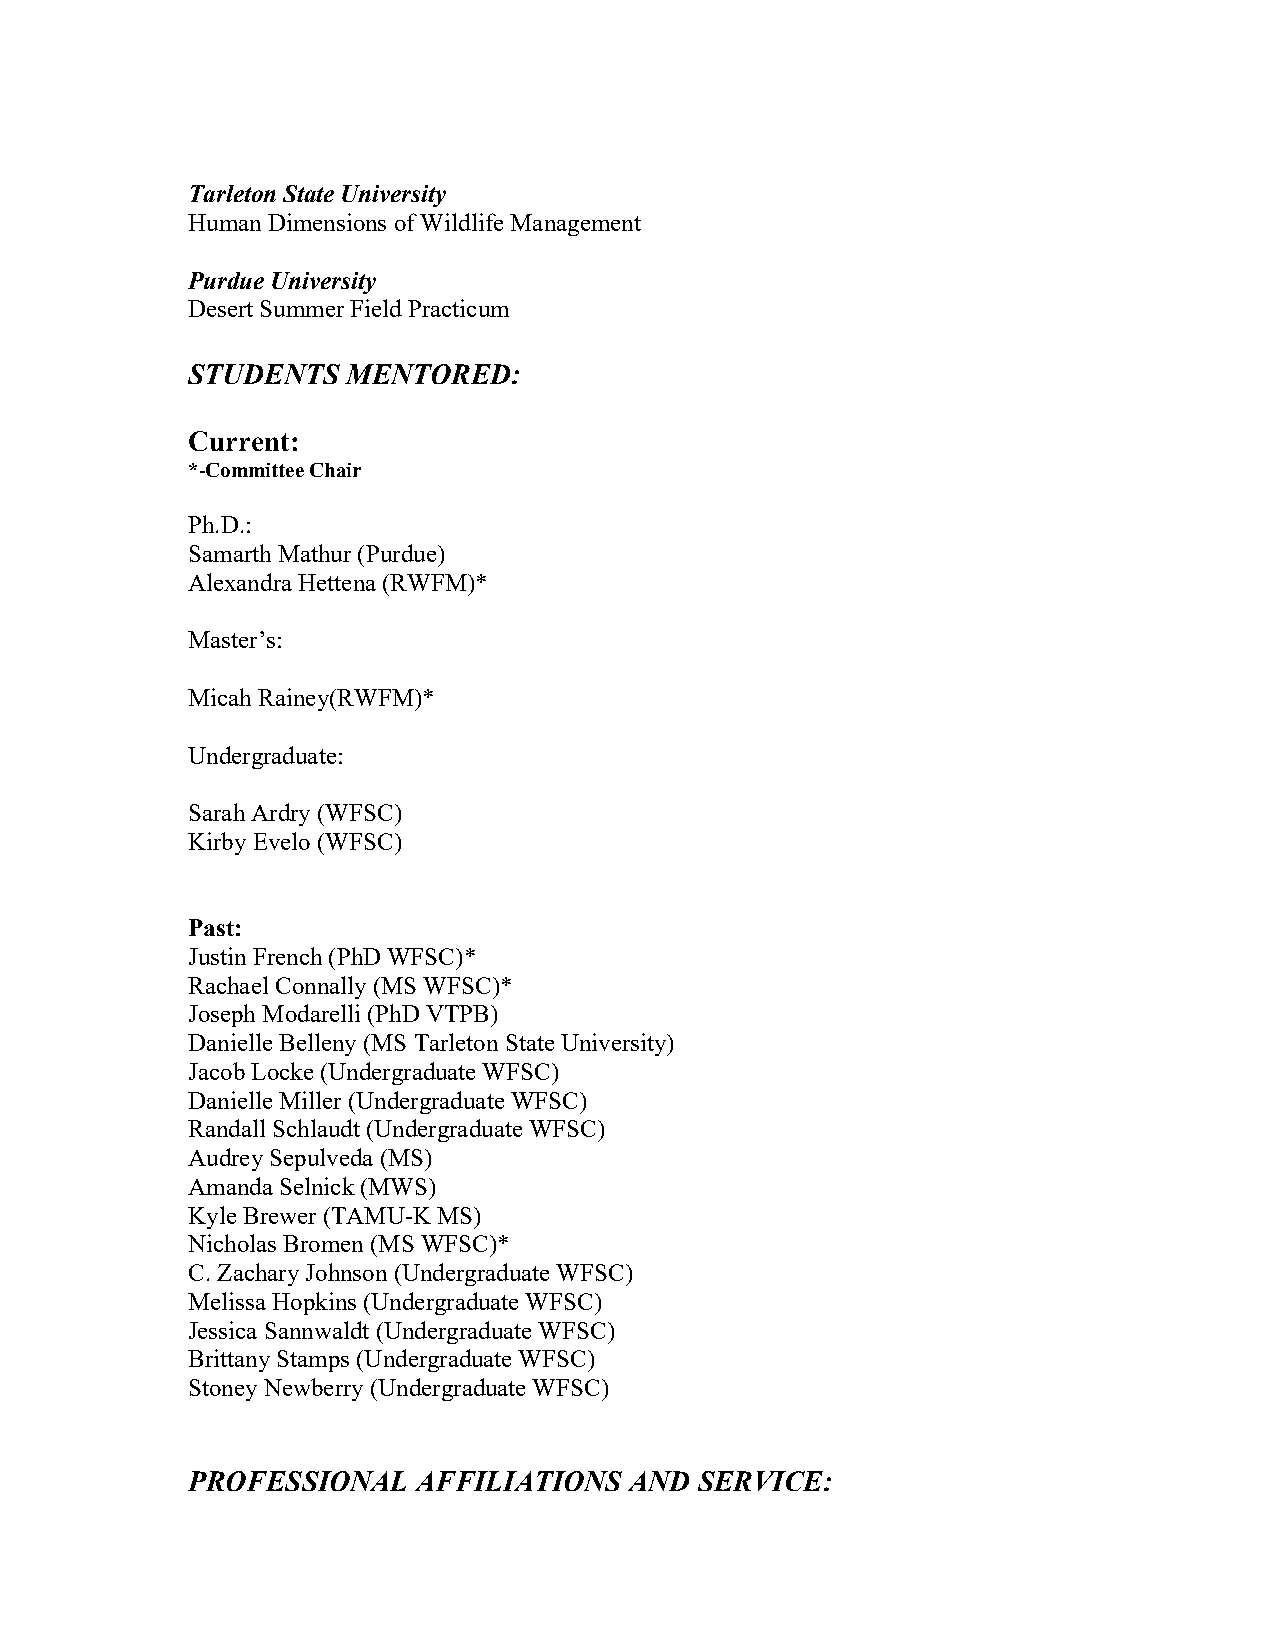
Tarleton State University
 Human Dimensions of Wildlife Management
 Purdue University
 Desert Summer Field Practicum
 STUDENTS   MENTORED:
 Current:
 *-Committee Chair
 Ph.D.:
 Samarth Mathur (Purdue)
 Alexandra Hettena (RWFM)*
 Master’s:
 Micah Rainey(RWFM)*
 Undergraduate:
 Sarah Ardry (WFSC)
 Kirby Evelo (WFSC)
 Past:
 Justin French (PhD WFSC)*
 Rachael Connally (MS WFSC)*
 Joseph Modarelli (PhD VTPB)
 Danielle Belleny (MS Tarleton State University)
 Jacob Locke (Undergraduate WFSC)
 Danielle Miller (Undergraduate WFSC)
 Randall Schlaudt (Undergraduate WFSC)
 Audrey Sepulveda (MS)
 Amanda Selnick (MWS)
 Kyle Brewer (TAMU-K MS)
 Nicholas Bromen (MS WFSC)*
 C. Zachary Johnson (Undergraduate WFSC)
 Melissa Hopkins (Undergraduate WFSC)
 Jessica Sannwaldt (Undergraduate WFSC)
 Brittany Stamps (Undergraduate WFSC)
 Stoney Newberry (Undergraduate WFSC)
 PROFESSIONAL    AFFILIATIONS  AND SERVICE: